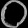
Digit: ၀